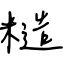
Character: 糙